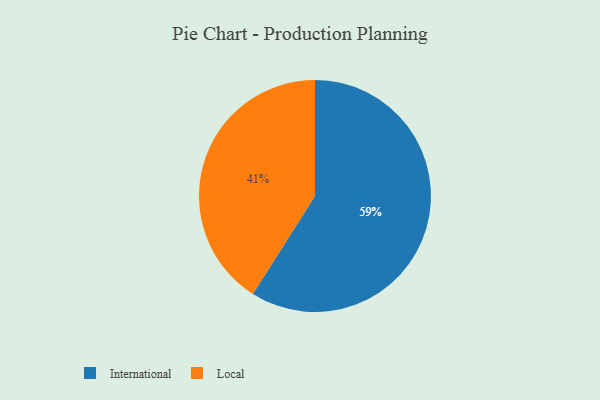
{"axis": {"x": "Category", "y": "Percentage"}, "legend": ["International", "Local"], "data": [{"x": "Local", "y": 41, "type": "Local"}, {"x": "International", "y": 59, "type": "International"}]}